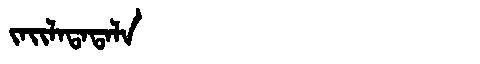
Manchu: ᠵᠠᡳᠯᠠᡨᠠᡨᠠᠯᠠ
Romanization: JAILATATALA